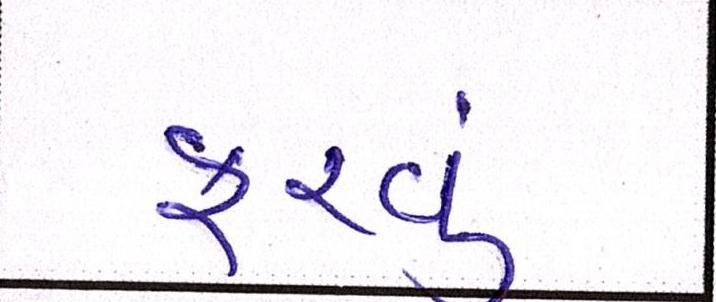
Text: ફરવુ